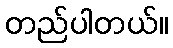
တည်ပါတယ်။